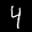
Label: 4